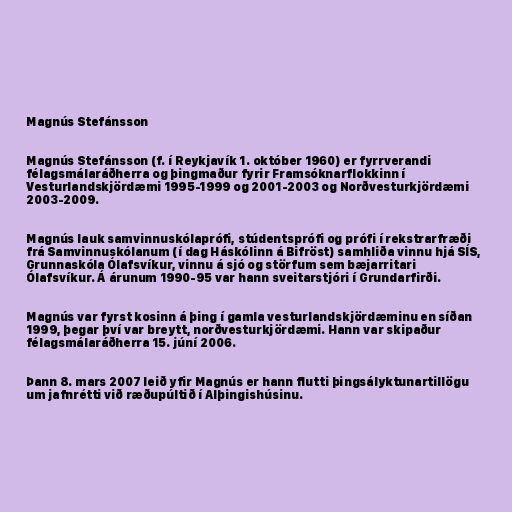
Magnús Stefánsson

Magnús Stefánsson (f. í Reykjavík 1. október 1960) er fyrrverandi
félagsmálaráðherra og þingmaður fyrir Framsóknarflokkinn í
Vesturlandskjördæmi 1995-1999 og 2001-2003 og Norðvesturkjördæmi
2003-2009.

Magnús lauk samvinnuskólaprófi, stúdentsprófi og prófi í rekstrarfræði
frá Samvinnuskólanum (í dag Háskólinn á Bifröst) samhliða vinnu hjá SÍS,
Grunnaskóla Ólafsvíkur, vinnu á sjó og störfum sem bæjarritari
Ólafsvíkur. Á árunum 1990-95 var hann sveitarstjóri í Grundarfirði.

Magnús var fyrst kosinn á þing í gamla vesturlandskjördæminu en síðan
1999, þegar því var breytt, norðvesturkjördæmi. Hann var skipaður
félagsmálaráðherra 15. júní 2006.

Þann 8. mars 2007 leið yfir Magnús er hann flutti þingsályktunartillögu
um jafnrétti við ræðupúltið í Alþingishúsinu.